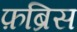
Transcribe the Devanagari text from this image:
फ़ब्रिस